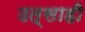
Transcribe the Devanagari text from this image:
उत्‍साही